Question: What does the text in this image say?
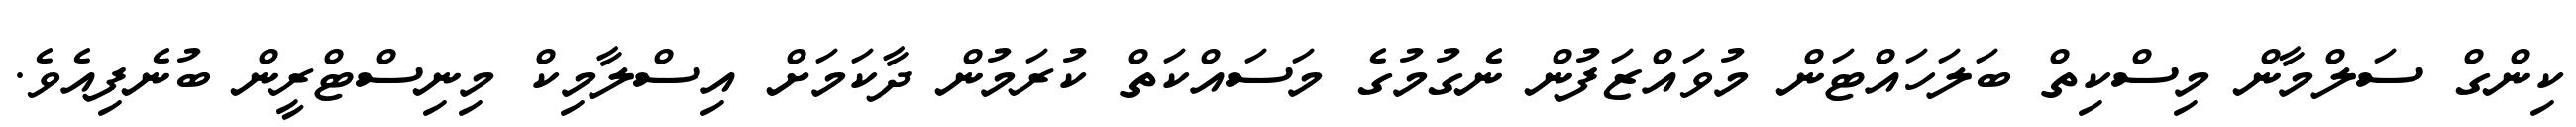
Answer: ކިންގް ސަލްމާން މިސްކިތް ބަލަހައްޓަން މުވައްޒަފުން ނެގުމުގެ މަސައްކަތް ކުރަމުން ދާކަމަށް އިސްލާމިކް މިނިސްޓްރީން ބުނެފިއެވެ.